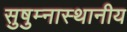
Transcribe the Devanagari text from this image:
सुषुम्नास्थानीय